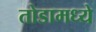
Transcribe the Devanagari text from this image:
तोडामध्ये